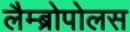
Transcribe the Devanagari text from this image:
लैम्ब्रोपोलस